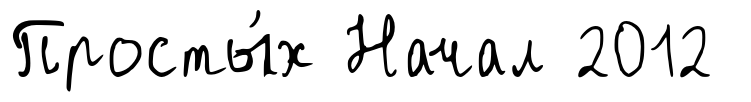
Просты́х Начал 2012